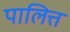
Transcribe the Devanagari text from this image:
पालित्त